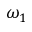
\omega _ { 1 }